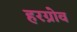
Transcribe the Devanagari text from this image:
हरग्रोव